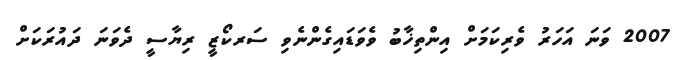
2007 ވަނަ އަހަރު ވެރިކަމަށް އިންތިޚާބު ވެވަޑައިގެންނެވި ސަރކޯޒީ ރިޔާސީ ދެވަނަ ދައުރަކަށް